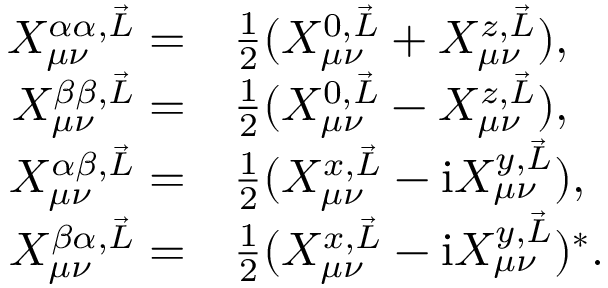
\begin{array} { r l } { X _ { \mu \nu } ^ { \alpha \alpha , \vec { L } } = } & { \frac { 1 } { 2 } ( X _ { \mu \nu } ^ { 0 , \vec { L } } + X _ { \mu \nu } ^ { z , \vec { L } } ) , } \\ { X _ { \mu \nu } ^ { \beta \beta , \vec { L } } = } & { \frac { 1 } { 2 } ( X _ { \mu \nu } ^ { 0 , \vec { L } } - X _ { \mu \nu } ^ { z , \vec { L } } ) , } \\ { X _ { \mu \nu } ^ { \alpha \beta , \vec { L } } = } & { \frac { 1 } { 2 } ( X _ { \mu \nu } ^ { x , \vec { L } } - \mathrm { i } X _ { \mu \nu } ^ { y , \vec { L } } ) , } \\ { X _ { \mu \nu } ^ { \beta \alpha , \vec { L } } = } & { \frac { 1 } { 2 } ( X _ { \mu \nu } ^ { x , \vec { L } } - \mathrm { i } X _ { \mu \nu } ^ { y , \vec { L } } ) ^ { * } . } \end{array}